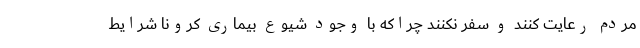
مردم رعایت کنند و سفر نکنند چراکه با وجود شیوع بیماری کرونا شرایط